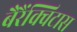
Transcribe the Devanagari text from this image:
बैरैंक्विटास